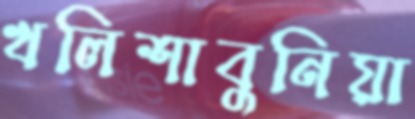
খলিশাবুনিয়া